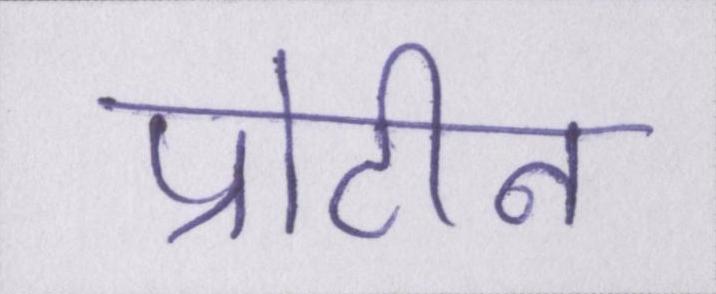
प्रोटीन